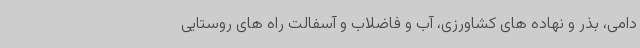
دامی، بذر و نهاده های کشاورزی، آب و فاضلاب و آسفالت راه های روستایی